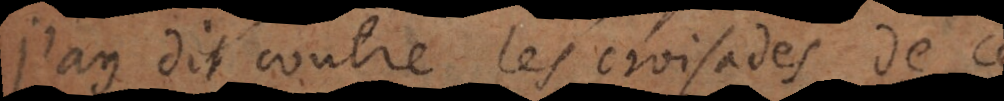
j’ay dit contre les croisades de ce